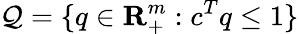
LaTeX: {\cal Q}=\{ q\in{\mathbf{R}}_{+}^{m}:c^{T}q\leq 1\}